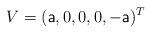
LaTeX: \begin{align*} V=(\textsf{a},0,0,0,-\textsf{a})^T\end{align*}